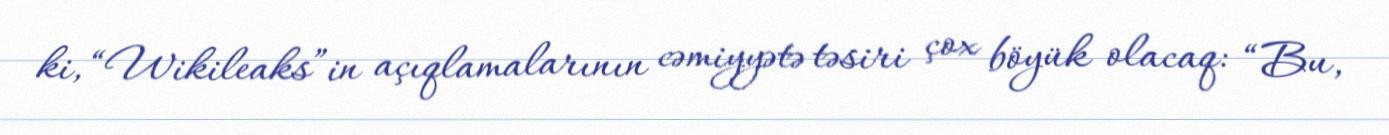
ki, “Wikileaks”in açıqlamalarının cəmiyyətə təsiri çox böyük olacaq: “Bu,